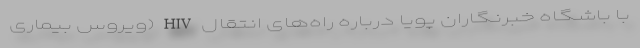
با باشگاه خبرنگاران پویا درباره راه‌‌های انتقال HIV (ویروس بیماری